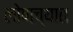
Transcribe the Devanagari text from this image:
लोणच्यात